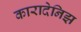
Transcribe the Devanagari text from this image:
कारादेनिझ